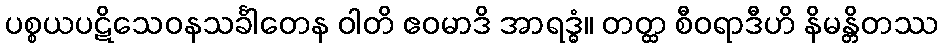
ပစ္စယပဋိသေဝနသင်္ခါတေန ဝါတိ ဧဝမာဒိ အာရဒ္ဓံ။ တတ္ထ စီဝရာဒီဟိ နိမန္တိတဿ